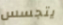
يتجسس